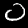
Label: 0